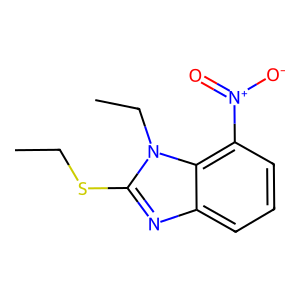
SMILES: CCSc1nc2cccc([N+](=O)[O-])c2n1CC
Inhibits HIV replication: No